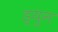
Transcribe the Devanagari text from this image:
ड्युन